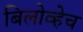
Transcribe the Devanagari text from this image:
बिलोव्हेच